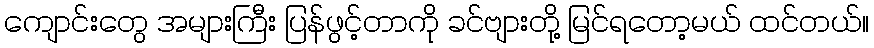
ကျောင်းတွေ အများကြီး ပြန်ဖွင့်တာကို ခင်ဗျားတို့ မြင်ရတော့မယ် ထင်တယ်။